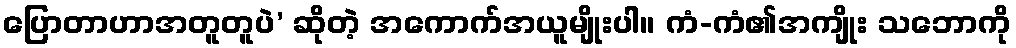
ပြောတာဟာအတူတူပဲ’ ဆိုတဲ့ အကောက်အယူမျိုးပါ။ ကံ-ကံ၏အကျိုး သဘောကို